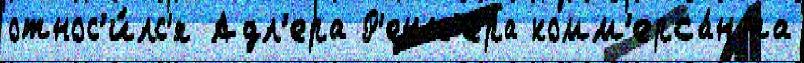
относ'и́лс'я Адл'ера Р'енн'ера комм'ерса́нта